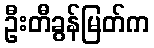
ဦးတီခွန်မြတ်က